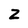
Character: 2